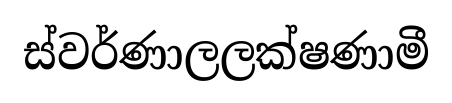
ස්වර්ණාලලක්ෂණාමී